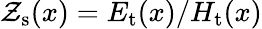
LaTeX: \mathcal{Z}_{\mathrm{{s}}}(x)=E_{\mathrm{{t}}}(x)/H_{\mathrm{{t}}}(x)